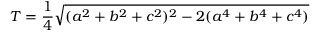
T = { \frac { 1 } { 4 } } { \sqrt { ( a ^ { 2 } + b ^ { 2 } + c ^ { 2 } ) ^ { 2 } - 2 ( a ^ { 4 } + b ^ { 4 } + c ^ { 4 } ) } }